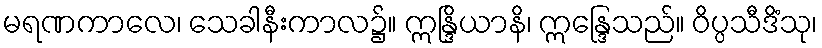
မရဏကာလေ၊ သေခါနီးကာလ၌။ ဣန္ဒြိယာနိ၊ ဣန္ဒြေသည်။ ဝိပ္ပသီဒိံသု၊